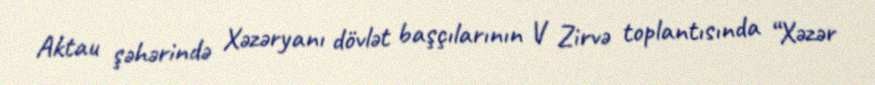
Aktau şəhərində Xəzəryanı dövlət başçılarının V Zirvə toplantısında “Xəzər